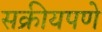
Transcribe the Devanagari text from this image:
सक्रीयपणे